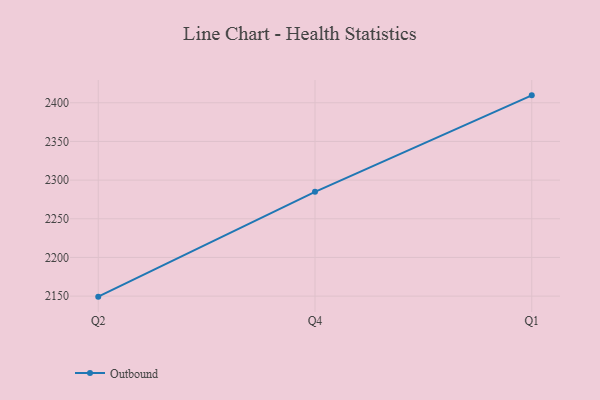
{"axis": {"x": "Quarter", "y": "Market Share (%)"}, "legend": ["Outbound"], "data": [{"x": "Q2", "y": 2149.3, "type": "Outbound"}, {"x": "Q4", "y": 2284.8, "type": "Outbound"}, {"x": "Q1", "y": 2409.6, "type": "Outbound"}]}